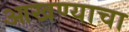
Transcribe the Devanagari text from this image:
आखण्याचा